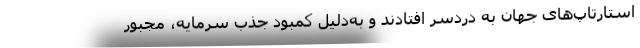
استارتاپ‌های جهان به دردسر افتادند و به‌دلیل کمبود جذب سرمایه، مجبور